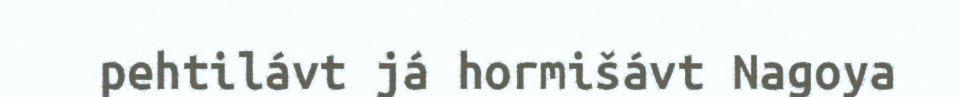
pehtilávt já hormišávt Nagoya